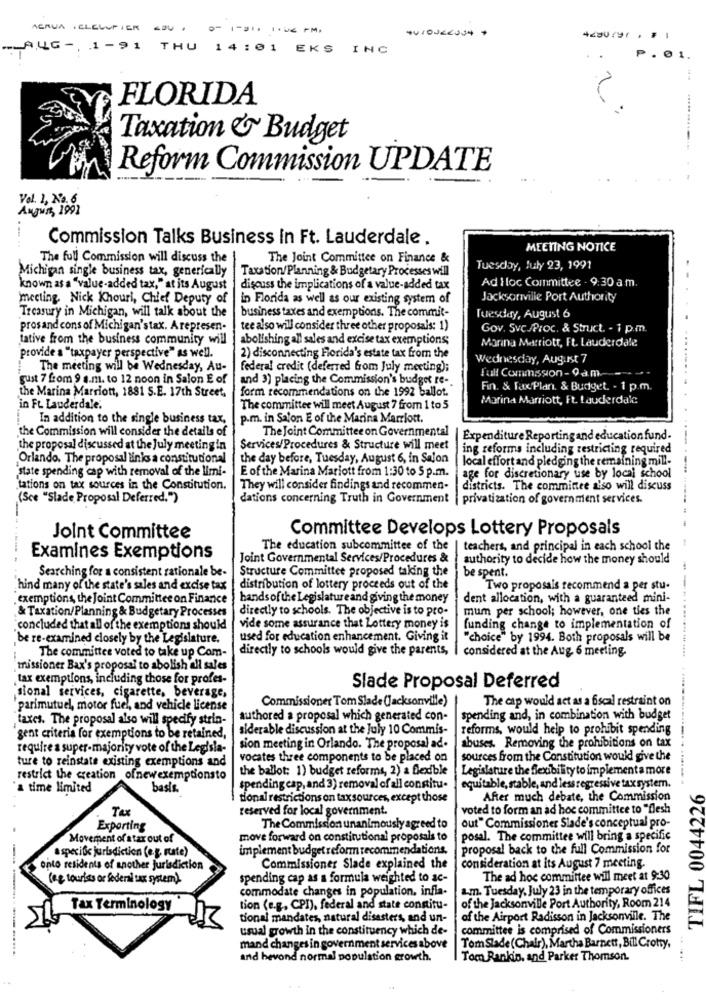
AERUA ICLELUFTER -U. O- 1-DIA I'VE FMI
-AUG -, 1-91 THU 14:01 EKS INC
₱.01.
FLORIDA
...... ....
Taxation & Budget
Reform Commission UPDATE
Vol. 1, No. 6
August 1991
Commission Talks Business in Ft. Lauderdale .
.... ..
MEETING NOTICE
The full Commission will discuss the
The Joint Committee on Finance &
Michigan single business tax, generically
Taxation/Planning & Budgetary Processes will
Tuesday, July 23, 1991
known as a "value-added tax," at its August
discuss the implications of a value-added tax
Ad Hoc Committee - 9:30 a m.
mecting. Nick Khouri, Chief Deputy of
in Florida as well as our existing system of
Jacksonville Port Authority
Treasury in Michigan, will talk about the
business taxes and exemptions. The commit-
Tuesday, August 6
prosand cons of Michigan'stax. Arepresen-
tee also will consider three other proposals: 1)
Gov. Svc /Proc. & Struct. - 1 p.m.
tative from the business community will
abolishing all sales and excise tax exemptions;
Marina Marriott, Ft. Lauderdale
provide a "taxpayer perspective" as well.
2) disconnecting Florida's estate tax from the
Wednesday, August 7
The meeting will be Wednesday, Au-
federal credit (deferred from July meeting);
Full Commission- 9am-
gust 7 from 9 a.m. to 12 noon in Salon E of
and 3) placing the Commission's budget re-
the Marina Marriott, 1881 S.E. 17th Street,
form recommendations on the 1992 ballot.
Fin. & Tax Plan. & Budget. - 1 p.m.
Marina Marriott, Ft. Lauderdale
in Ft Lauderdale.
The committee will meet August 7 from 1 to 5
In addition to the single business tax,
p.m. in Salon E of the Marina Marriott.
the Commission will consider the details of
The Joint Committee on Governmental
Expenditure Reporting and education fund-
the proposal discussed at the July meeting in
Services/Procedures & Structure will meet
ing reforms including restricting required
Orlando. The proposal links a constitutional
the day before, Tuesday, August 6, in Salon
local effort and pledging the remaining mill-
'state spending cap with removal of the limi-
E of the Marina Mariott from 1:30 to 5 p.m.
age for discretionary use by local school
tations on tax sources in the Constitution.
They will consider findings and recommen-
districts. The committee also will discuss
(Sce "Slade Proposal Deferred.")
dations concerning Truth in Government
privatization of government services.
Committee Develops Lottery Proposals
Joint Committee
The education subcommittee of the
teachers, and principal in each school the
Examines Exemptions
Joint Governmental Services/Procedures &
authority to decide how the money should
Searching for a consistent rationale be-
Structure Committee proposed taking the
be spent.
hind many of the state's sales and excise tax
distribution of lottery proceeds out of the
Two proposals recommend a per stu-
exemptions, the Joint Committee on Finance
hands of the Legislature and giving the money
dent allocation, with a guaranteed mini-
& Taxation/Planning & Budgetary Processes
directly to schools. The objective is to pro-
mum per school; however, one ties the
"concluded that all of the exemptions should
vide some assurance that Lottery money is
funding change to implementation of
be re-examined closely by the Legislature.
used for education enhancement. Giving it
"choice" by 1994. Both proposals will be
The committee voted to take up Com-
directly to schools would give the parents,
considered at the Aug. 6 meeting.
missioner Bax's proposal to abolish all sales
tax exemptions, including those for profes-
Slade Proposal Deferred
sional services, cigarette, beverage,
Commissioner Tom Slade (Jacksonville)
The cap would act as a fiscal restraint on
parimutuel, motor fuel, and vehicle license
taxes. The proposal also will specify strin-
authored a proposal which generated con-
spending and, in combination with budget
siderable discussion at the July 10 Commis-
reforms, would help to prohibit spending
gent criteria for exemptions to be retained,
require a super-majority vote of the Legisla-
sion meeting in Orlando. The proposal ad-
abuses. Removing the prohibitions on tax
ture to reinstate existing exemptions and
vocates three components to be placed on
sources from the Constitution would give the
the ballot: 1) budget reforms, 2) a flexible
Legislature the Sexibility to implementa more
restrict the creation ofnewexemptionsto
a time limited
basis.
spending cap, and 3) removal of all constitu.
equitable, stable, and less regressive tax system.
TIFL 0044226
tional restrictions on tax sources, except those
After much debate, the Commission
Tax
reserved for local government.
voted to form an ad hoc committee to "flesh
out" Commissioner Slade's conceptual pro-
Exporting
The Commission unanimously agreed to
Movement of atar out of
move forward on constitutional proposals to
posal. The committee will bring a specific
a specific jurisdiction (e.g. state)
implement budget reform recommendations.
proposal back to the full Commission for
onto residents of another jurisdiction
Commissioner Slade explained the
consideration at its August 7 meeting.
--
(ee tourles or federal tax system).
spending cap as a formula weighted to ac-
The ad hoc committee wil meet at 9:30
commodate changes in population, infla-
a.m. Tuesday, July 23 in the temporary offices
Tax Terminology
tion (e.g ., CPI), federal and state constitu-
of the Jacksonville Port Authority, Room 214
tional mandates, natural disasters, and un-
of the Airport Radisson in Jacksonville. The
usual growth in the constituency which de-
committee is comprised of Commissioners
mand changes in government services above
TomSlade(Chair), Martha Barnett, Bill Crotty,
and bevond normal population growth.
Tom Rankin, and Parker Thomson.